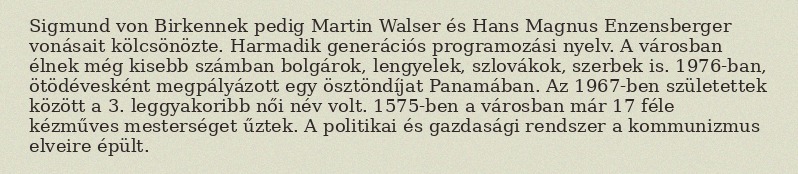
Sigmund von Birkennek pedig Martin Walser és Hans Magnus Enzensberger vonásait kölcsönözte. Harmadik generációs programozási nyelv. A városban élnek még kisebb számban bolgárok, lengyelek, szlovákok, szerbek is. 1976-ban, ötödévesként megpályázott egy ösztöndíjat Panamában. Az 1967-ben születettek között a 3. leggyakoribb női név volt. 1575-ben a városban már 17 féle kézműves mesterséget űztek. A politikai és gazdasági rendszer a kommunizmus elveire épült.